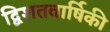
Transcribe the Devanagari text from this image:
द्विशतवार्षिकी